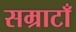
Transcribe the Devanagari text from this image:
सम्राटाँ